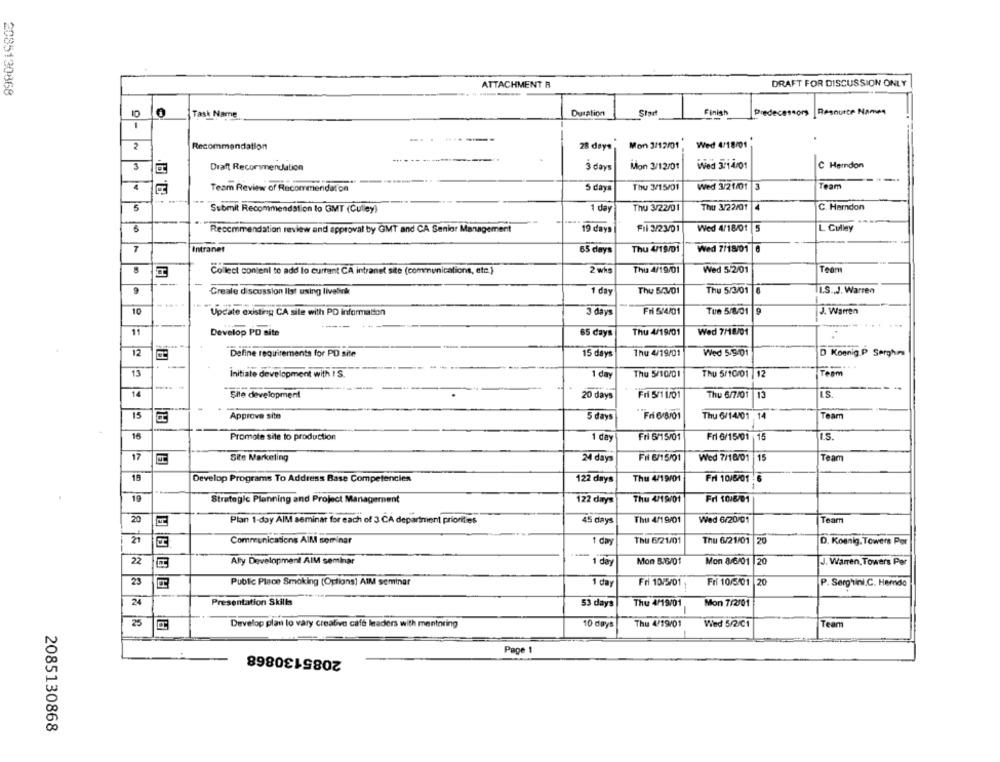
ATTACHMENT R
DRAFT FOR DISCUSSION ONLY
2085130868
Task Name
Duration
Stat
Finish
Predecessors
Resource Nanws
2
Recommendation
28 days, Mon 3/12/01 ,
Wed 4/18/01
3
Draft Recommendation
3 days
Mon 3/12/01
Wed 3714/01
C Herndon
4
Team Review of Recommendation
5 days
Thu 3/15/01
Wed 3/21/01 3
Team
5
C. Herndon
Submit Recommendation to GMT (Culley)
1 day
Thu 3/22/01
Thu 3/22/01
4
19 days
Fil 3/23/01
Wed 4/18/01 |5
L Culley
Recommendation review and approval by GMT and CA Senior Management
7
Intranet
65 days
Thu 4/19/01
Wed 7/18/01 6
Collect content to add lo current CA intranet site (communications, etc.)
2 whs
Thu 4/19/01
Wed 5/2/01
Team
-
9
Thu SAV01
II.S ., J. Warren
Create discussion list using livelink
1 day
Thu 5/3/01
10
Update existing CA sile with PD information
3 days
Fri 5/4/01
Tue 5/8/01
J. Warren
-----
11
Develop PD site
65 days
Thu 4/19/01
Wed 7/18/01
12
Define requirements for PD site
15 days
Thu 4/19/01
Wed 5/5:01
D Koenig P Sergho
13
Initiate development with I S.
1 day
Thu 5/10/01
Thu 5/10/01 | 12
Team
---
14
Site development
20 days
Fri 5/1 1/01
Thu 6/7/01
13
ILS
15
Approve site
5 days
Fri 6/8/01
Thu 6/14/01
14
Team
16
Promote site to production
1 day
Fri 6/15/01
Fri 6/15/01 15
ILS.
17
Site Marketing
Fil 6/15/01
Wed 7/18/01
15
Team
24 days
19
Develop Programs To Address Base Competencies
122 days
Thu 4/19/01
Fri 10/6/01
19
Strategic Planning and Project Management
122 days
Thu 4/19/01
Fri 10/6/01
20
45 days
Thu 4/1 9/01
Wed 6/20/01
Team
Plan 1-day AIM seminar for each of 3 CA department priorities
21
Communications All seminar
1 day
Thu 6/21/01
Thu 6/21/01 20
D. Koenig. Towers Por
22
Ally Development AIM seminar
1 day
Mon B/6/01
Mon 8/6/01 20
J. Warren, Towers Per
23
Public Place Smoking (Options] AIM seminar
1 day
Fri 10/5/01
Fri 10/5/01
20
P. Serghini.C. Hemdo
24
Presentation Skills
53 days
Thu 4/19/01
Mon 7/2/01
25
Develop plan to vary creative café leaders with mentoring
10 days
Thu 4/19/01
Wied 5/2/C1
Tean
2085130868
Page 1
2085130868